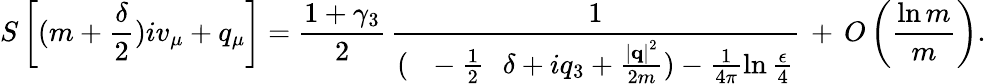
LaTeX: S\left[(m+\frac{\delta}{2})iv_{\mu}+q_{\mu}\right]=\frac{1+\gamma_{3}}{2}\, \frac{1}{(\mathrm{~\, ~-\frac{1}{2}~\, ~}\delta+iq_{3}+\frac{\left|{\mathbf q}\right|^{2}}{2m})-\frac{1}{4\pi}\ln\frac{\epsilon}{4}}\, +\, O\left(\frac{\ln m}{m}\right).